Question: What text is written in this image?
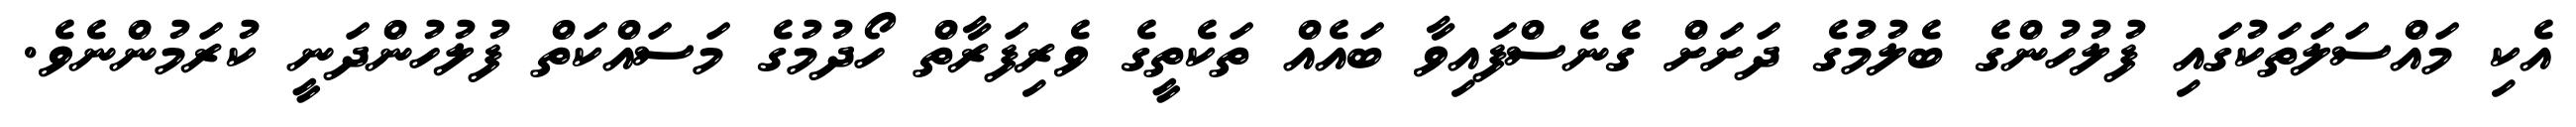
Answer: އެކި މައްސަލަތަކުގައި ފުލުހުންގެ ބެލުމުގެ ދަށަށް ގެނެސްފައިވާ ބައެއް ތަކެތީގެ ވެރިފަރާތް ހޯދުމުގެ މަސައްކަތް ފުލުހުންދަނީ ކުރަމުންނެވެ.